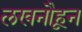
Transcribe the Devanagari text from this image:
लखनौहून